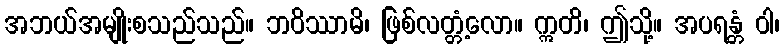
အဘယ်အမျိုးစသည်သည်။ ဘဝိဿာမိ၊ ဖြစ်လတ္တံ့လော။ ဣတိ၊ ဤသို့။ အပရန္တံ ဝါ၊